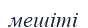
мешіті